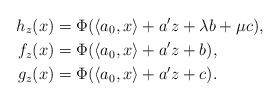
LaTeX: \begin{align*}h_z(x) &= \Phi(\langle a_0,x\rangle + a'z + \lambda b+\mu c),\\f_z(x) &= \Phi(\langle a_0,x\rangle + a'z + b),\\g_z(x) &= \Phi(\langle a_0,x\rangle + a'z + c).\end{align*}